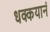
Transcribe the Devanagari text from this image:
धक्कयानं